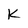
Character: K